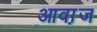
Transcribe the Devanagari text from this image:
आवा़ज